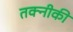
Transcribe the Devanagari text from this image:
तक्नीकी